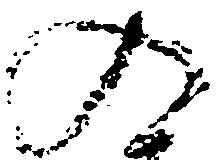
入